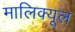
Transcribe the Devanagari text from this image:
मालिक्यूल